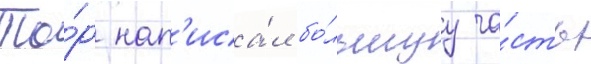
То́р нап'иса́л бо́льшуу ча́сть